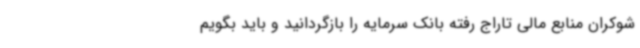
شوکران منابع مالی تاراج رفته بانک سرمایه را بازگردانید و باید بگویم